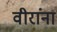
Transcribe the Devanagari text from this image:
वीरांना